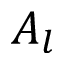
A _ { l }